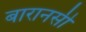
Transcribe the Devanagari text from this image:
बारानसी